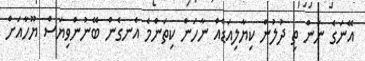
އޭނަގެ ނަން ތި ދުލުން ކިޔާލިއަޑެއް ނާހަން ކިތަންމެ އެނގެން ބޭނުންވިޔަސް ޔޫހާއަށް